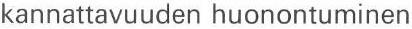
kannattavuuden huonontuminen